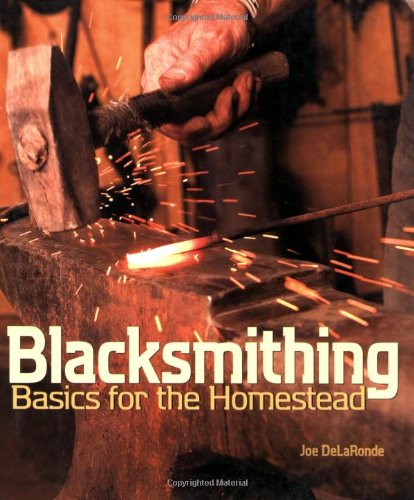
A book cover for Blacksmithing Basics for the Homestead; Joe DeLaRonde; Crafts, Hobbies & Home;